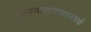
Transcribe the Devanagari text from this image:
सत्यनारायणाचार्य